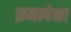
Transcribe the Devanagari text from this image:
क्रमापेक्षा